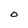
Character: O